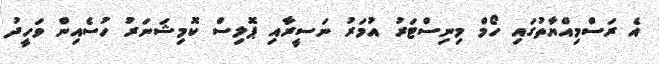
އެ ރަސްމިއްޔާތުގައި ހޯމް މިނިސްޓަރު އުމަރު ނަސީރާއި ޕޮލިސް ކޮމިޝަނަރު ހުސެއިން ވަހީދު